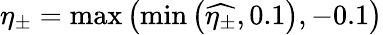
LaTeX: \eta_{\pm}=\operatorname*{max}\left(\operatorname*{min}\left(\widehat{\eta_{\pm}},0.1\right),-0.1\right)